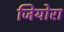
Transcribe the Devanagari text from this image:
जियोरा